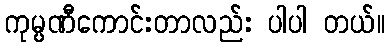
ကုမ္ပဏီကောင်းတာလည်း ပါပါ တယ်။